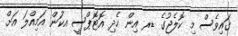
ގައިވެސް މި ކޮލެޖުގެ ޑރ އިން ހެދި އޮޓޮޕްސީ އކަުން އަމިއްލަ އަށް